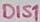
Text: D1S1